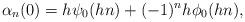
LaTeX: \begin{align*}\alpha_n(0) = h \psi_0 (hn) + (-1)^n h \phi_0 (hn),\end{align*}